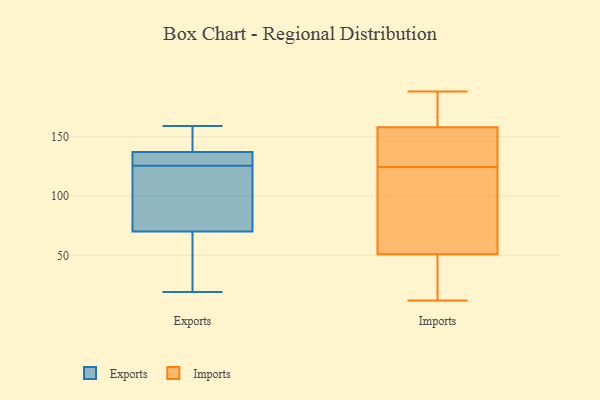
{"axis": {"x": "Budget (USD K)", "y": "Value"}, "legend": ["Exports", "Imports"], "data": [{"x": "", "y": 118, "type": "Exports"}, {"x": "", "y": 70, "type": "Exports"}, {"x": "", "y": 134, "type": "Exports"}, {"x": "", "y": 46, "type": "Exports"}, {"x": "", "y": 159, "type": "Exports"}, {"x": "", "y": 19, "type": "Exports"}, {"x": "", "y": 152, "type": "Exports"}, {"x": "", "y": 89, "type": "Exports"}, {"x": "", "y": 133, "type": "Exports"}, {"x": "", "y": 137, "type": "Exports"}, {"x": "", "y": 12, "type": "Imports"}, {"x": "", "y": 129, "type": "Imports"}, {"x": "", "y": 176, "type": "Imports"}, {"x": "", "y": 42, "type": "Imports"}, {"x": "", "y": 51, "type": "Imports"}, {"x": "", "y": 29, "type": "Imports"}, {"x": "", "y": 98, "type": "Imports"}, {"x": "", "y": 138, "type": "Imports"}, {"x": "", "y": 18, "type": "Imports"}, {"x": "", "y": 162, "type": "Imports"}, {"x": "", "y": 168, "type": "Imports"}, {"x": "", "y": 94, "type": "Imports"}, {"x": "", "y": 76, "type": "Imports"}, {"x": "", "y": 188, "type": "Imports"}, {"x": "", "y": 120, "type": "Imports"}, {"x": "", "y": 146, "type": "Imports"}, {"x": "", "y": 143, "type": "Imports"}, {"x": "", "y": 158, "type": "Imports"}]}